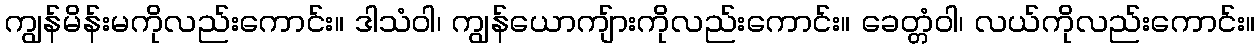
ကျွန်မိန်းမကိုလည်းကောင်း။ ဒါသံဝါ၊ ကျွန်ယောကျ်ားကိုလည်းကောင်း။ ခေတ္တံဝါ၊ လယ်ကိုလည်းကောင်း။